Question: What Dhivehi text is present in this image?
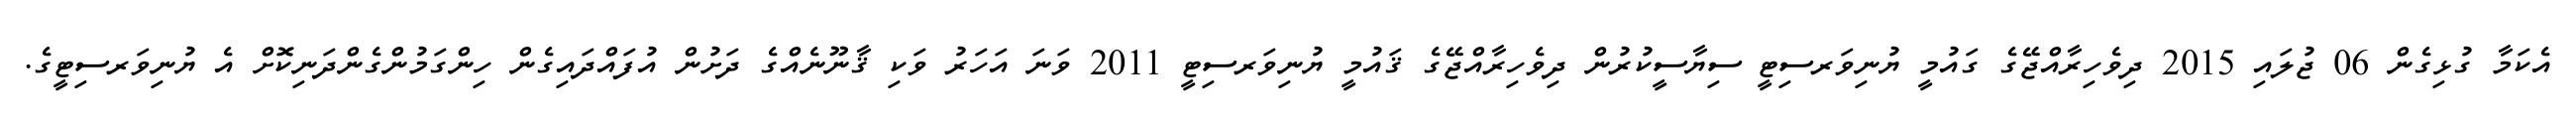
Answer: އެކަމާ ގުޅިގެން 06 ޖުލައި 2015 ދިވެހިރާއްޖޭގެ ގައުމީ ޔުނިވަރސިޓީ ސިޔާސީކުރުން ދިވެހިރާއްޖޭގެ ޤައުމީ ޔުނިވަރސިޓީ 2011 ވަނަ އަހަރު ވަކި ޤާނޫނެއްގެ ދަށުން އުފައްދައިގެން ހިންގަމުންގެންދަނިކޮށް އެ ޔުނިވަރސިޓީގެ.